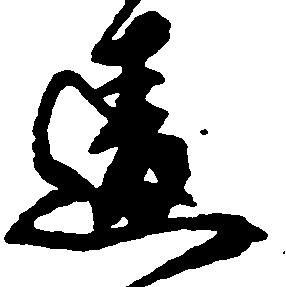
違